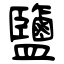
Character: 鹽